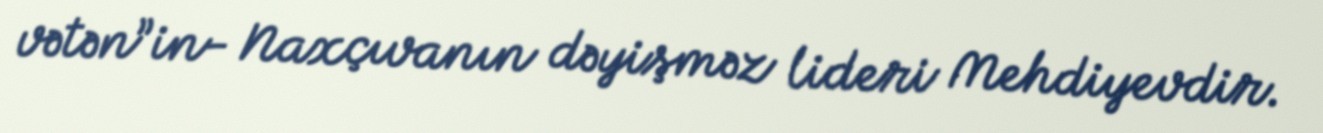
vətən”in- Naxçıvanın dəyişməz lideri Mehdiyevdir.